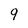
Character: 9